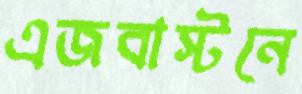
এজবাস্টনে